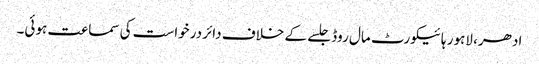
ادھر، لاہور ہائیکورٹ مال روڈ جلسے کے خلاف دائر درخواست کی سماعت ہوئی۔